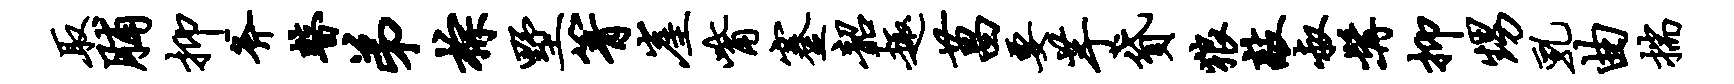
取脯抑斧瞽弟棕墅箐崖觜蹇韶趣菖要芋贷狼敲叔髯抑甥乳曲揣